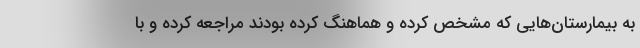
به بیمارستان‌هایی که مشخص کرده و هماهنگ کرده بودند مراجعه کرده و با